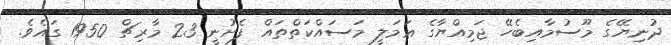
ދުނިޔޭގެ މޫސުމާއިބެހޭ ޖަމިއްޔާގެ ޢަމަލީ މަސައްކަތްތައް ފެށުނީ 23 މާރިޗް 1950 ގައެވެ.